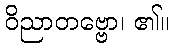
ဝိညာတဗ္ဗော၊ ၏။